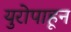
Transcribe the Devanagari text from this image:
युरोपाहून